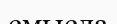
смысла